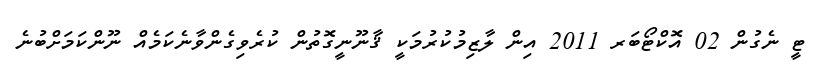
ޓީ ނެގުން 02 އޮކްޓޯބަރ 2011 އިން ލާޒިމުކުރުމަކީ ޤާނޫނީގޮތުން ކުރެވިގެންވާނެކަމެއް ނޫންކަމަށްބުނެ